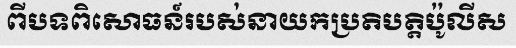
ពីបទពិសោធន៍របស់នាយកប្រតិបត្តិប៉ូលីស